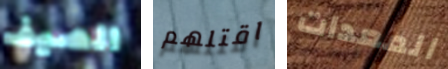
الصيف اقتلهم المعدات